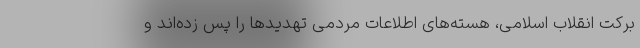
برکت انقلاب اسلامی، هسته‌های اطلاعات مردمی تهدیدها را پس زده‌اند و